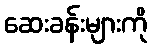
ဆေးခန်းများကို